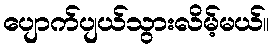
ပျောက်ပျယ်သွားလိမ့်မယ်။